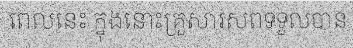
ពេលនេះ ក្នុងនោះគ្រួសារសពទទួលបាន